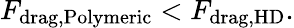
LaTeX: F_{\mathrm{drag,Polymeric}}<F_{\mathrm{drag,HD}}.